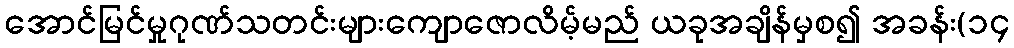
အောင်မြင်မှုဂုဏ်သတင်းများကျောဇောလိမ့်မည် ယခုအချိန်မှစ၍ အခန်း(၁၄